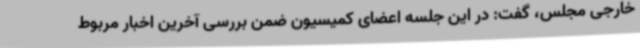
خارجی مجلس، گفت: در این جلسه اعضای کمیسیون ضمن بررسی آخرین اخبار مربوط